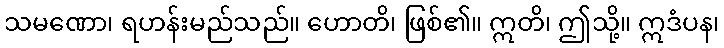
သမဏော၊ ရဟန်းမည်သည်။ ဟောတိ၊ ဖြစ်၏။ ဣတိ၊ ဤသို့။ ဣဒံပန၊